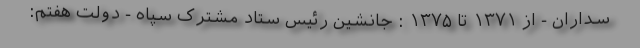
سداران - از ۱۳۷۱ تا ۱۳۷۵ : جانشین رئیس ستاد مشترک سپاه - دولت هفتم: